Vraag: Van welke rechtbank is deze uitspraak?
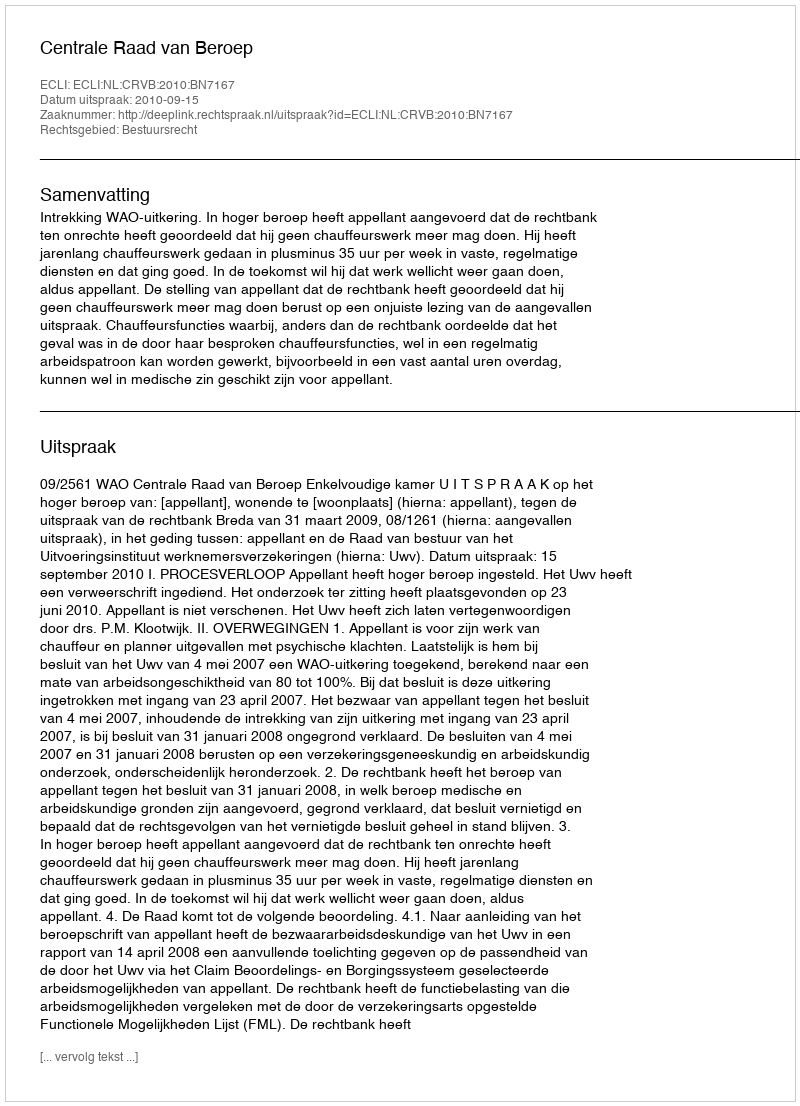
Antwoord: Centrale Raad van Beroep